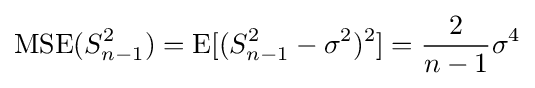
\operatorname {MSE} (S_{n-1}^{2})=\operatorname {E} [(S_{n-1}^{2}-\sigma ^{2})^{2}]={\frac {2}{n-1}}\sigma ^{4}